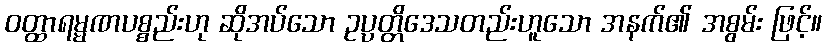
ဝတ္ထာရမ္မဏပစ္စည်းဟု ဆိုအပ်သော ဥပ္ပတ္တိဒေသတည်းဟူသော အနက်၏ အစွမ်း ဖြင့်။